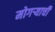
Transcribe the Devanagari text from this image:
मोगऱ्याची